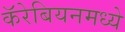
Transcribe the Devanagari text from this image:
कॅरेबियनमध्ये